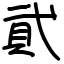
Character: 貮